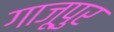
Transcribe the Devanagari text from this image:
गाजूपुर